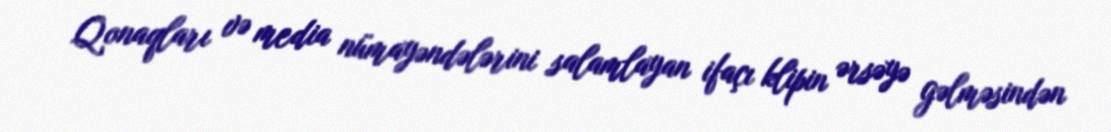
Qonaqları və media nümayəndələrini salamlayan ifaçı klipin ərsəyə gəlməsindən